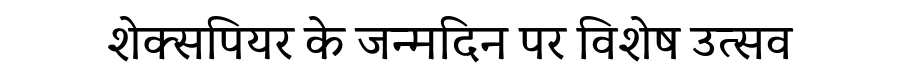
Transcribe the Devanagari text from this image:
शेक्सपियर के जन्मदिन पर विशेष उत्सव